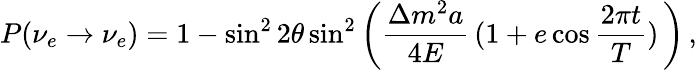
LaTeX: P(\nu_{e}\to\nu_{e})=1-\sin^{2}2\theta\sin^{2}\left(\frac{\Delta m^{2}a}{4E}\, (1+e\cos\frac{2\pi t}{T})\, \right)\, ,